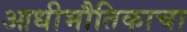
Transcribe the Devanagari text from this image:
आधीभौतिकाचा